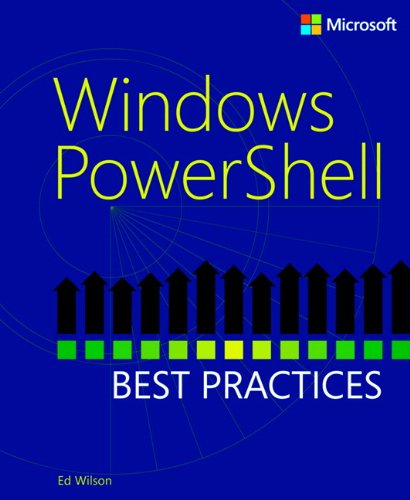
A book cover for Windows PowerShell Best Practices; Ed Wilson; Computers & Technology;